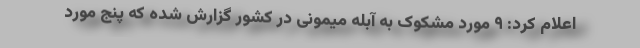
اعلام کرد: ۹ مورد مشکوک به آبله میمونی در کشور گزارش شده که پنج مورد